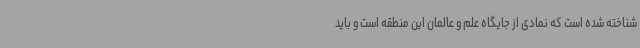
شناخته شده است که نمادی از جایگاه علم و عالمان این منطقه است و باید